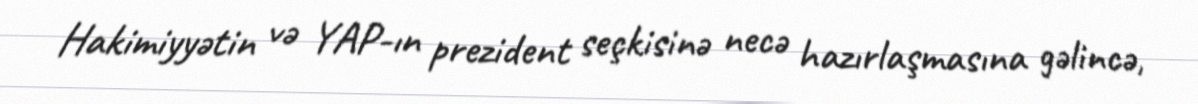
Hakimiyyətin və YAP-ın prezident seçkisinə necə hazırlaşmasına gəlincə,